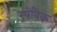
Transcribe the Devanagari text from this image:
रेयोवैक